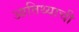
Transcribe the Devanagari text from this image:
आतिथ्याची